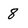
Character: 8